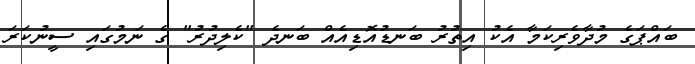
ބައްޕަގެ މުދާވެރިކަމާ އެކު އިތުރު ބަނޑުއޮޑިއެއް ބަނދެ "ކެލިދުރު" ގެ ނަމުގައި ސީނުކަރަ